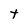
Character: t